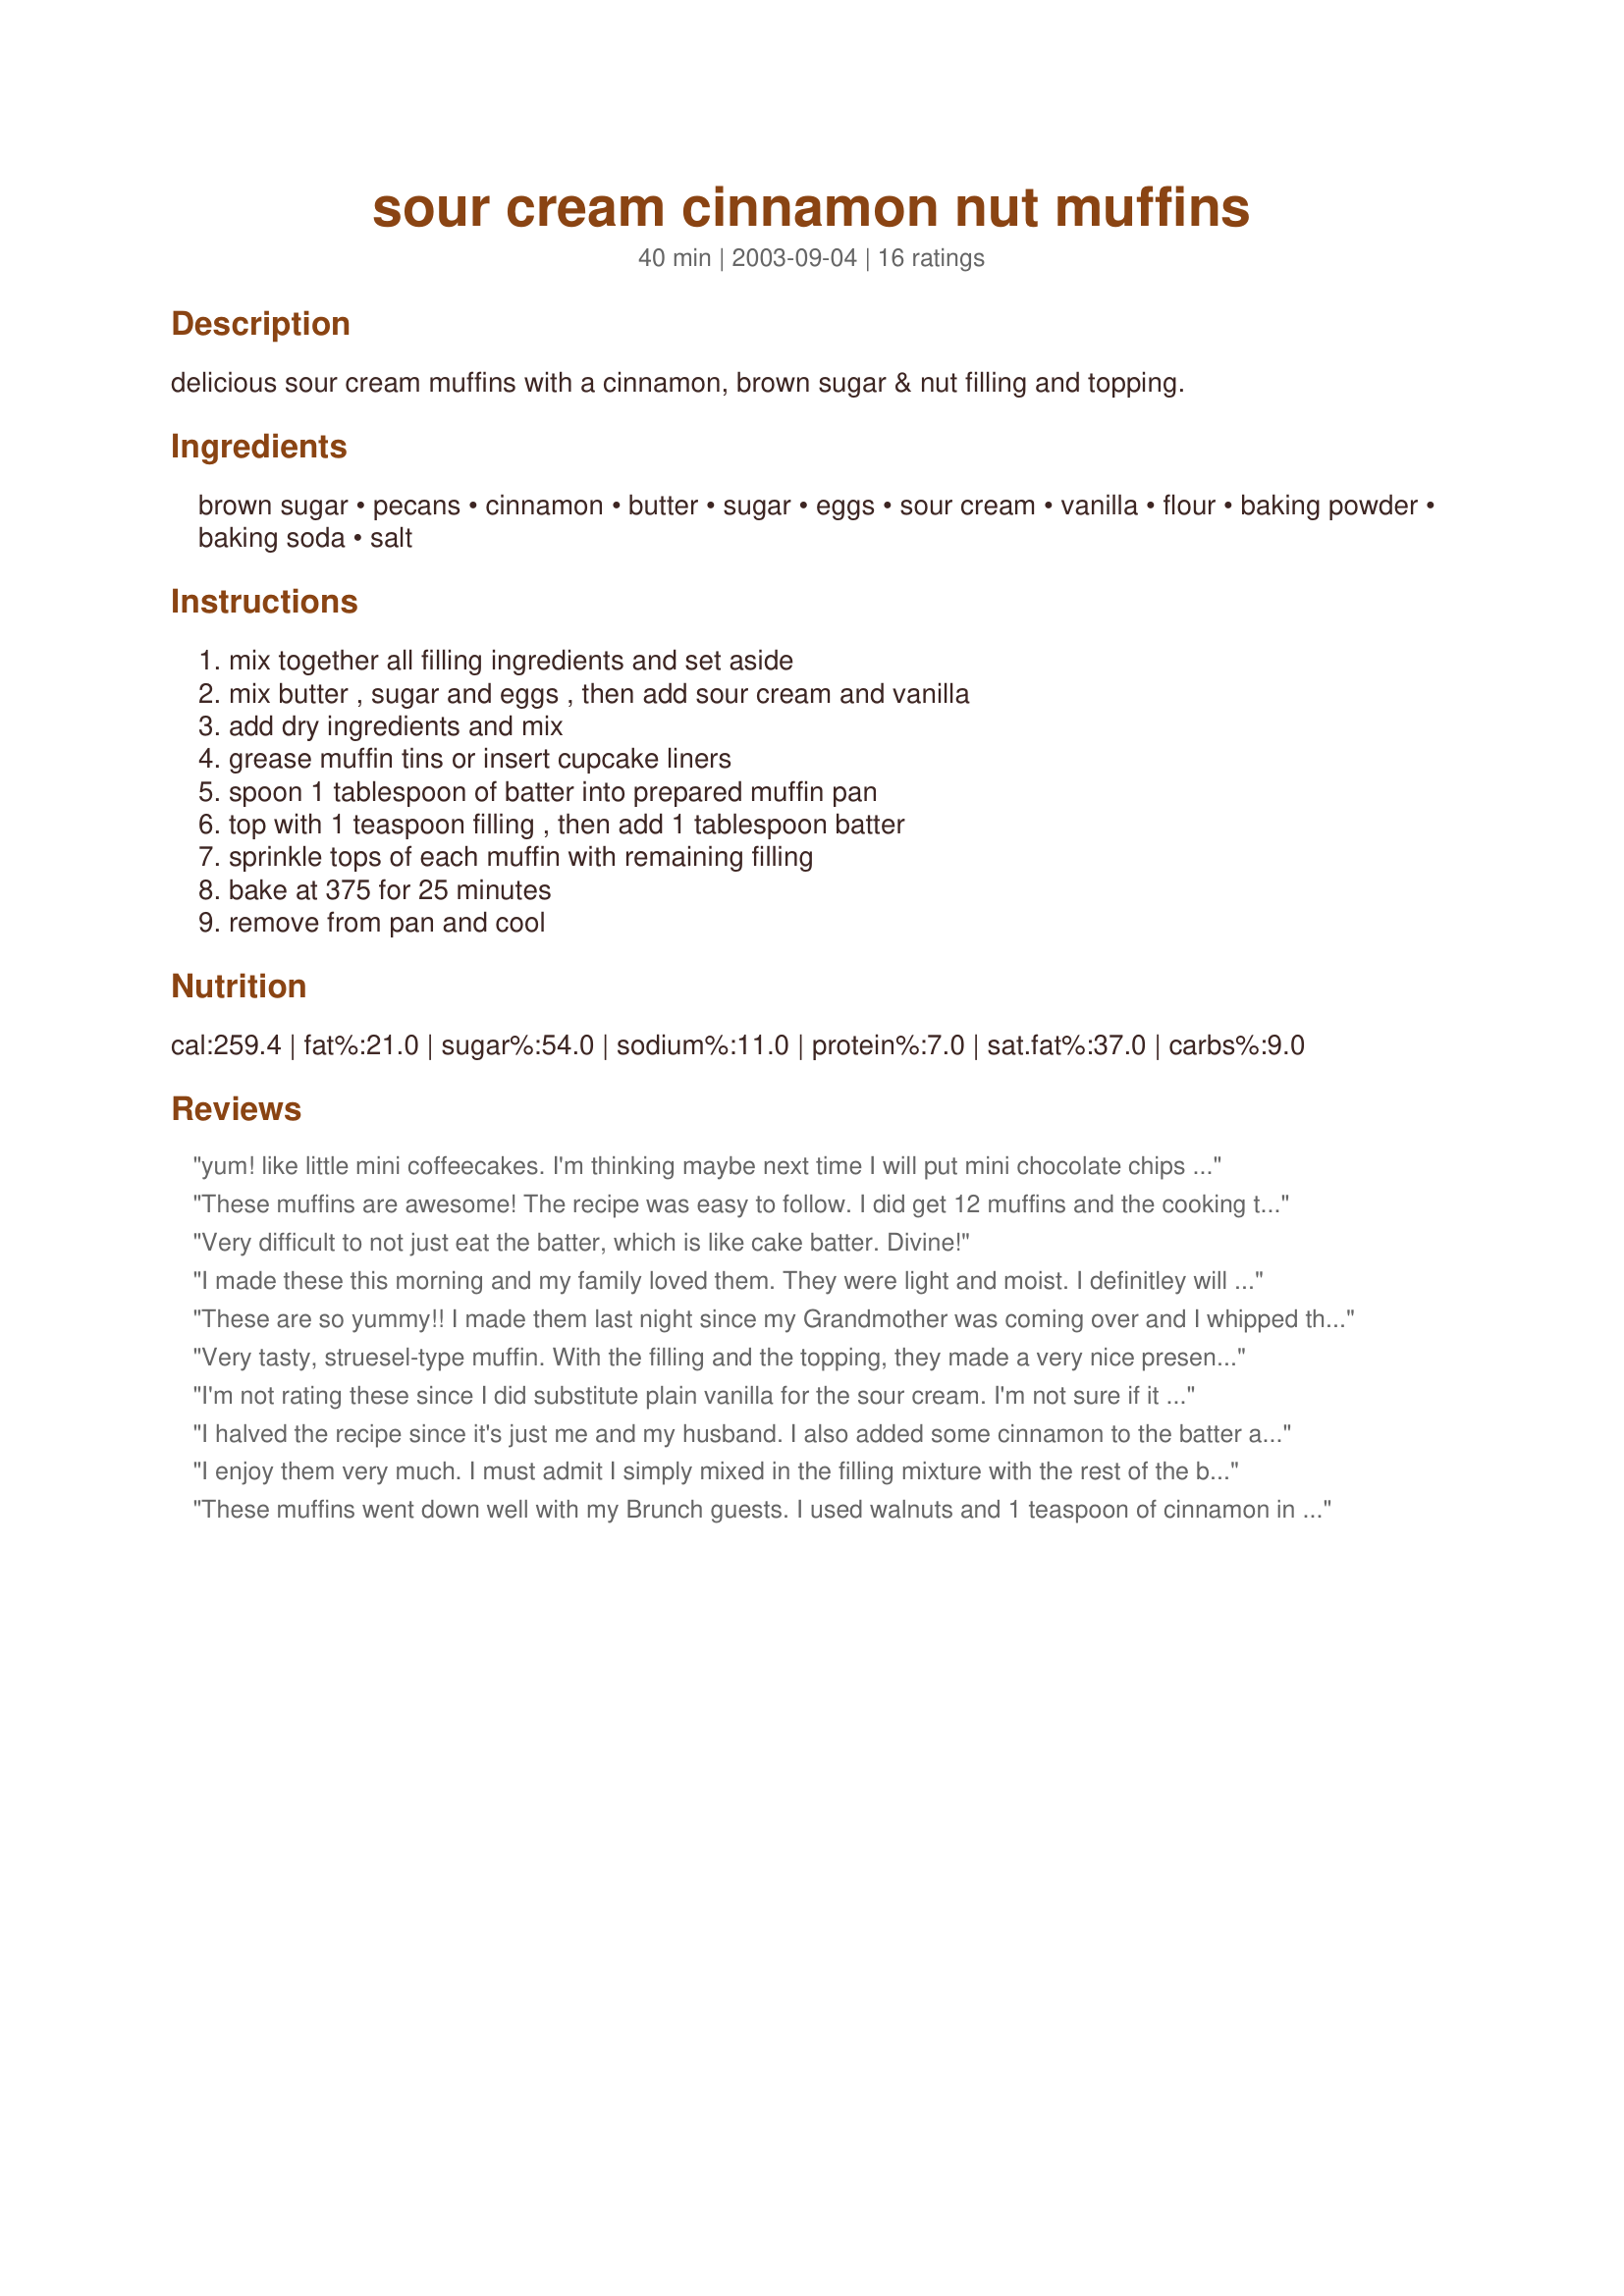
sour cream cinnamon nut muffins
Preparation time: 40 minutes

delicious sour cream muffins with a cinnamon, brown sugar & nut filling and topping.

Ingredients:
brown sugar, pecans, cinnamon, butter, sugar, eggs, sour cream, vanilla, flour, baking powder, baking soda, salt

Steps:
mix together all filling ingredients and set aside, mix butter , sugar and eggs , then add sour cream and vanilla, add dry ingredients and mix, grease muffin tins or insert cupcake liners, spoon 1 tablespoon of batter into prepared muffin pan, top with 1 teaspoon filling , then add 1 tablespoon batter, sprinkle tops of each muffin with remaining filling, bake at 375 for 25 minutes, remove from pan and cool

Reviews:
yum! like little mini coffeecakes. I'm thinking maybe next time I will put mini chocolate chips in the middle too so they're like... mini chocolate chip coffeecakes? mmm.. great recipe!
These muffins are awesome! The recipe was easy to follow. I did get 12 muffins and the cooking time was right on! I sprayed my tin with pam and the muffins came right out with ease! We have been making sour cream coffee cake (in a bundt pan) for years and I never thought to try it as muffins - these were GREAT!! Thank you for posting your recipe!
Very difficult to not just eat the batter, which is like cake batter. Divine!
I made these this morning and my family loved them. They were light and moist. I definitley will make these again. I put the filling mixture on top of the muffins instead of in the middle, they still came out very tasty.
These are so yummy!! I made them last night since my Grandmother was coming over and I whipped these up at the last moment and they were delicious!! the batter is really really thick though, and it worried me in the beginning because I have never made a muffin with such thick batter consistency, so I added a splash of milk in addition to the sourcream. Besides that it was delicious!! next time I might consider adding a bit more nuts though, but it's already delicious just as it is ;) will definitely be making again!
Very tasty, struesel-type muffin. With the filling and the topping, they made a very nice presentation. I used cupcake liners.
I'm not rating these since I did substitute plain vanilla for the sour cream. I'm not sure if it affecting my texture. I felt the muffins were a little greasy. Judging from the other reviews I suspect the error was mine!

Roxygirl
I halved the recipe since it's just me and my husband. I also added some cinnamon to the batter and extra cinnamon to the filling. It was delicious!
I enjoy them very much. I must admit I simply mixed in the filling mixture with the rest of the batter. They are a little on the chewy side, but that might be my fault for overmixing. They taste great, I will definitely make them again
These muffins went down well with my Brunch guests. I used walnuts and 1 teaspoon of cinnamon in the topping and also added a dash of cinnamon to the muffin mixture. Easy to whip up, tender and just the right level of sweetest. I also replaced the butter with low-fat margarine with good results. I also used low fat sour cream. These are very tasty muffins which are easy to make. Great instructions Marie - thank you!
Very light and fluffy. Deligious. I needed to use some sour cream up and this was just perfect
Excellent muffins! I didn't have sour cream so put a cup of cottage cheese, a little milk and a tablespoon of lemon juice in the blender and used that to replace it Worked fine. Also increased the topping amount.

The recipe made 6 very large muffins. Used Pam in the tins and had no problems with removal. Will definitely pass this recipe on and make it again.
Delicious and Moist. Cannot stop eating them :)
These are wonderful muffins, just like having a coffee cake without all the work. I love this batter, light and fluffy. It is very thick when working with it the results are wonderful. I did not add the nuts due to an allergy but followed the recipe exact with that exception.
These muffins are great. I was looking for non-fruit muffins that used up sour cream, so these fit the bill perfectly. i was also suprised by how thick the batter was, but the end result was wonderful which is all that matters!
These muffins are delicious! I folded in 1 cup of blueberries to the batter, and skipped on the nuts. They were soo moist and tasty. I doubled the batch, so I could freeze them. I was eating them every day. Thanks for sharing!
